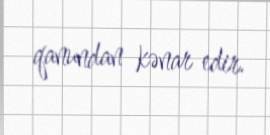
qanundan kənar edir.